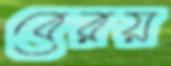
বেরয়